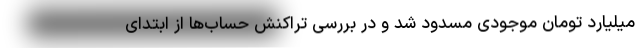
میلیارد تومان موجودی مسدود شد و در بررسی تراکنش حساب‌ها از ابتدای